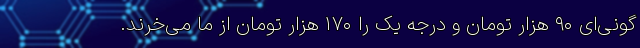
گونی‌ای ۹۰ هزار تومان و درجه یک را ۱۷۰ هزار تومان از ما می‌خرند.